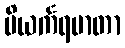
ပိယင်္ကရမာတာ